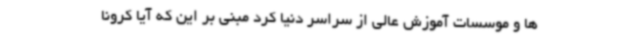
ها و موسسات آموزش عالی از سراسر دنیا کرد مبنی بر این که آیا کرونا